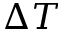
\Delta T